Insane asylums Bombay 1873-77 - 1873-1877
Year: 1873
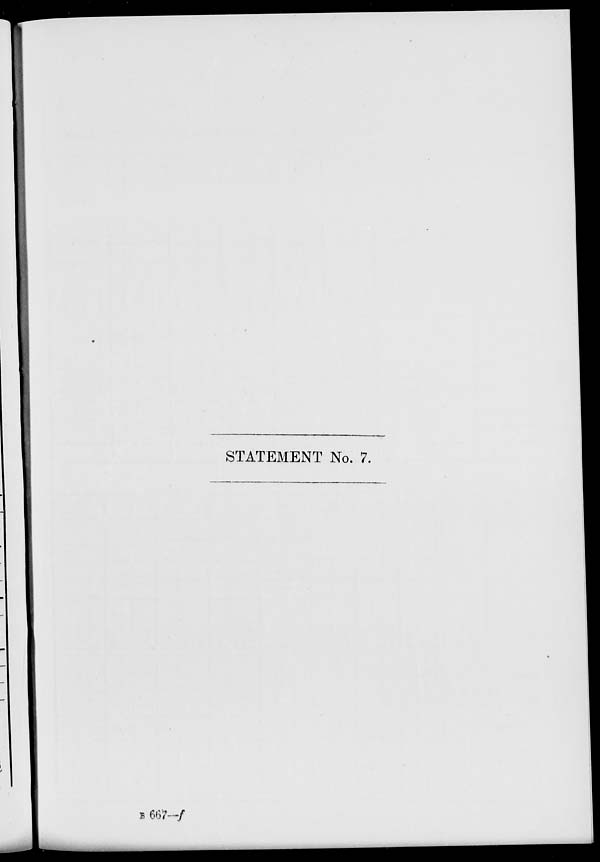
STATEMENT No. 7.
B 667—f